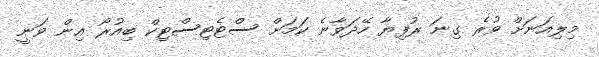
މިލިއަނަށް ވުރެ ގިނަ ރުފިޔާ ހޭދަވާނެ ކަމަށް ސްޓެޓިސްޓިކް ބިއުރޯ އިން ވަނީ